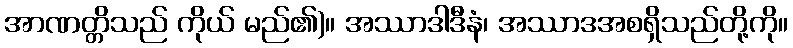
အာဏတ္တိသည် ကိုယ် မည်၏)။ အဿာဒါဒီနံ၊ အဿာဒအစရှိသည်တို့ကို။